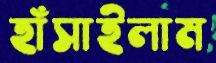
হাঁসাইলাম